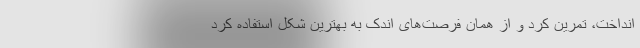
انداخت، تمرین کرد و از همان فرصت‌های اندک به بهترین شکل استفاده کرد